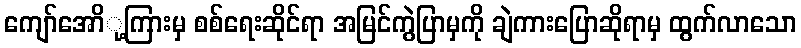
ကျော်အောို့ကြားမှ စစ်ရေးဆိုင်ရာ အမြင်ကွဲပြာမှကို ချဲကားပြောဆိုရာမှ ထွက်လာသော